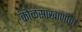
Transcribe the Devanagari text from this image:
कोळसाखाणीचा